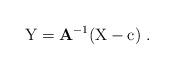
LaTeX: \begin{align*} \mathrm{Y} = \mathbf{A}^{-1}(\mathrm{X}- \mathrm{c}) \ .\end{align*}